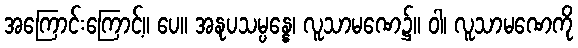
အကြောင်းကြောင့်။ ပေ။ အနုပသမ္ပန္နေ၊ လူသာမဏေ၌။ ဝါ၊ လူသာမဏေကို